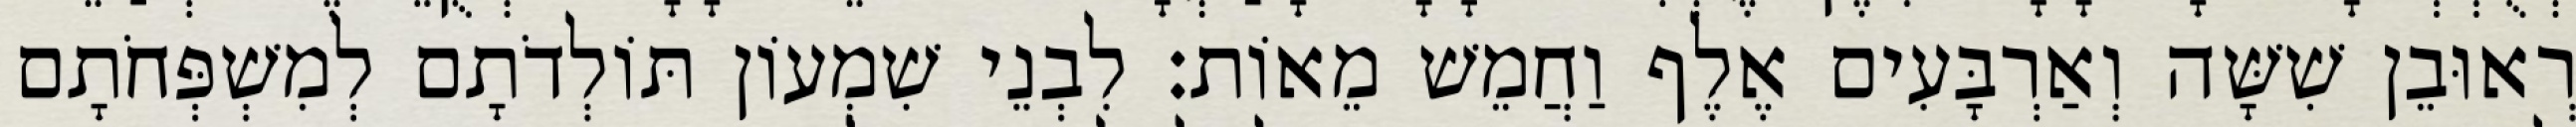
רְאוּבֵן שִׁשָּׁה וְאַרְבָּעִים אֶלֶף וַחֲמֵשׁ מֵאוֹת׃ לִבְנֵי שִׁמְעוֹן תּוֹלְדֹתָם לְמִשְׁפְּחֹתָם